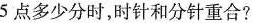
5点多少分时，时针和分针重合?